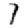
Digit: 7